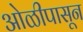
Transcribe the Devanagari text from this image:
ओळीपासून